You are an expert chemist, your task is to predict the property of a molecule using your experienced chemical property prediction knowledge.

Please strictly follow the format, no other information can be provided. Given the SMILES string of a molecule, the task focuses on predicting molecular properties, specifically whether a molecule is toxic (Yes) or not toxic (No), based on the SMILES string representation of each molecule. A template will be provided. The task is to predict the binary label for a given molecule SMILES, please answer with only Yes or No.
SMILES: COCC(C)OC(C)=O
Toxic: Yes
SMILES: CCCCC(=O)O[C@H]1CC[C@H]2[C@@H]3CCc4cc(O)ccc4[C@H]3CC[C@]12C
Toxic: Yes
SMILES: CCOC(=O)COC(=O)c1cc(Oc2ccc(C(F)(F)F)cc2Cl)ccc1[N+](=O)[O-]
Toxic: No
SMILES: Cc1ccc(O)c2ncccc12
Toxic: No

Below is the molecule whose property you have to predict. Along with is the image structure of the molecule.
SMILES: CCC1CCC(=O)O1
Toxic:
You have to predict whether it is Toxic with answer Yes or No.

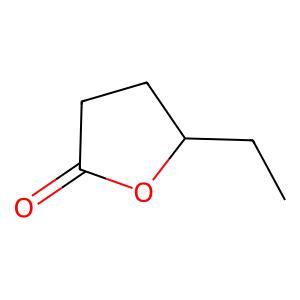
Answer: No